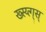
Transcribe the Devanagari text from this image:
ख्स्य्त्ग्स्